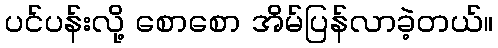
ပင်ပန်းလို့ စောစော အိမ်ပြန်လာခဲ့တယ်။